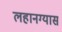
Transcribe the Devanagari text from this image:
लहानग्यास